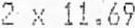
2 X 11.69